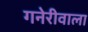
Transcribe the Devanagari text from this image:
गनेरीवाला